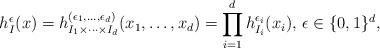
\begin{align*}h_I^\epsilon(x)=h_{I_1\times\cdots\times I_d}^{(\epsilon_1,\ldots,\epsilon_d)}(x_1,\ldots,x_d)=\prod_{i=1}^d h_{I_i}^{\epsilon_i}(x_i),\,\epsilon\in\{0,1\}^d,\end{align*}